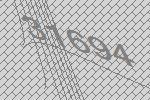
31694